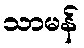
သာမန်